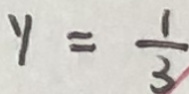
y = \frac { 1 } { 3 }